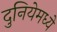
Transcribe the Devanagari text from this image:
दुनियेमध्ये